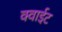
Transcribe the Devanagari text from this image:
क्वाईट